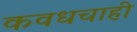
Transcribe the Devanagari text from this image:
कवधचाही